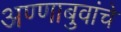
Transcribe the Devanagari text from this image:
अण्णाबुवांचे